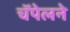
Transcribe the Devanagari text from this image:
चॅपेलने